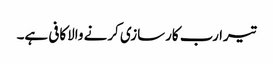
تیرا رب کارسازی کرنے والاکافی ہے۔